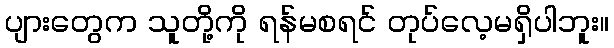
ပျားတွေက သူတို့ကို ရန်မစရင် တုပ်လေ့မရှိပါဘူး။